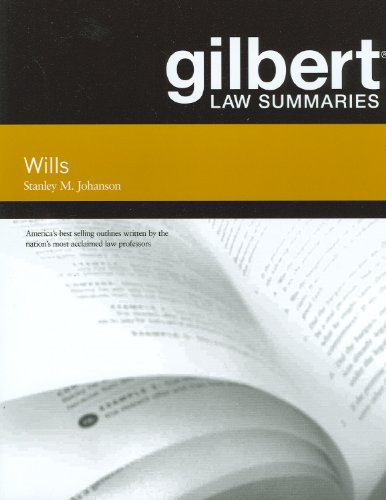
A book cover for Gilbert Law Summaries on Wills; Stanley Johanson; Law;